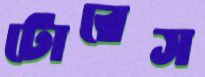
টোরেস